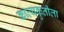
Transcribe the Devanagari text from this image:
काव्यकृतीला